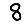
Digit: 8